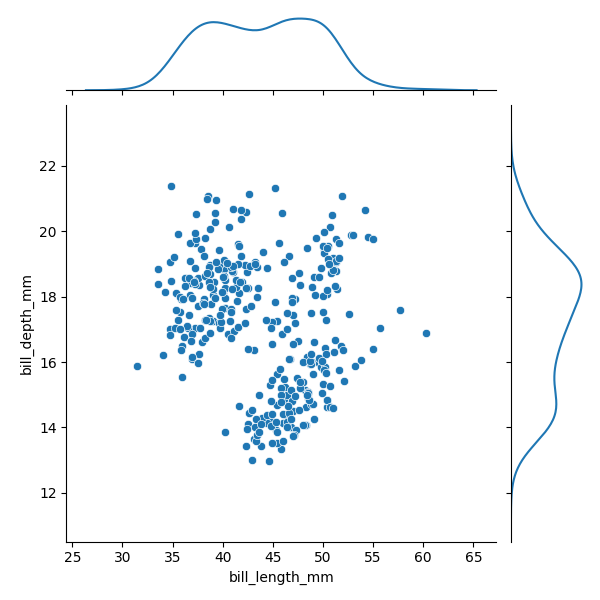
python, seaborn, JointGrid, scatterplot, kdeplot